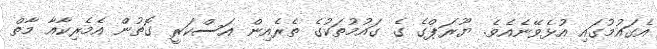
އެގައުމުގައި އުޅެވޭނެއެވެ. ޔޫރަޕްގެ ގެ ގައުމުތަކުގެ ތެރެއިން އަސްކަރީ ގޮތުން އެމެރިކާއާ މާތް